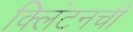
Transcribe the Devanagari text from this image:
क्लिंटनची